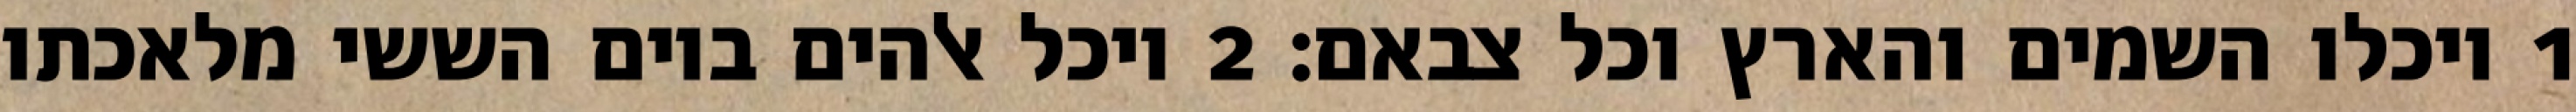
1 ויכלו השמים והארץ וכל צבאם׃ ‎2‏ ויכל אלהים ביום הששי מלאכתו